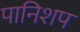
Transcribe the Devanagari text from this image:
पानिशप